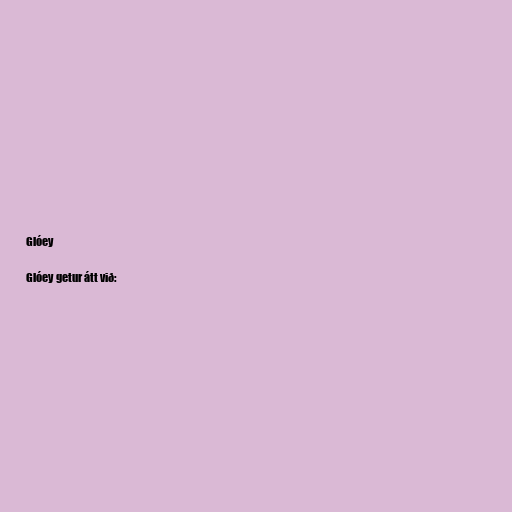
Glóey

Glóey getur átt við: